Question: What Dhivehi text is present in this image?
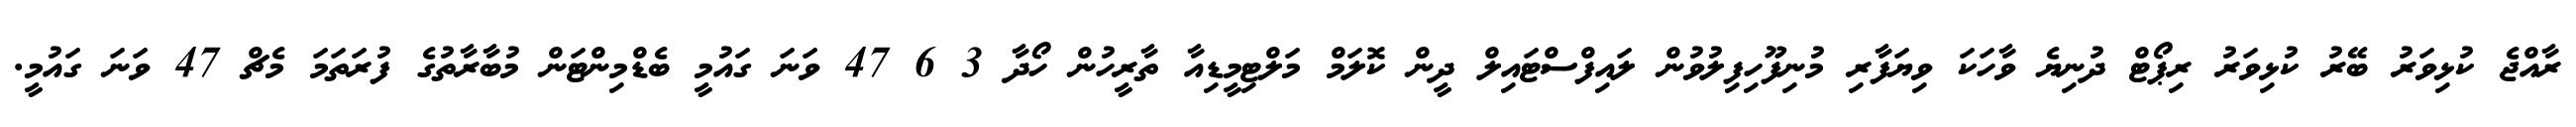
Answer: ރާއްޖެ ކުޅިވަރު ބޭރު ކުޅިވަރު ރިޕޯޓް ދުނިޔެ ވާހަކަ ވިޔަފާރި މުނިފޫހިފިލުވުން ލައިފްސްޓައިލް ދީން ކޮލަމް މަލްޓިމީޑިއާ ތާރީހުން ހޯދާ 3 6 47 ވަނަ ގައުމީ ބެޑްމިންޓަން މުބާރާތުގެ ފުރަތަމަ މެޗް 47 ވަނަ ގައުމީ.